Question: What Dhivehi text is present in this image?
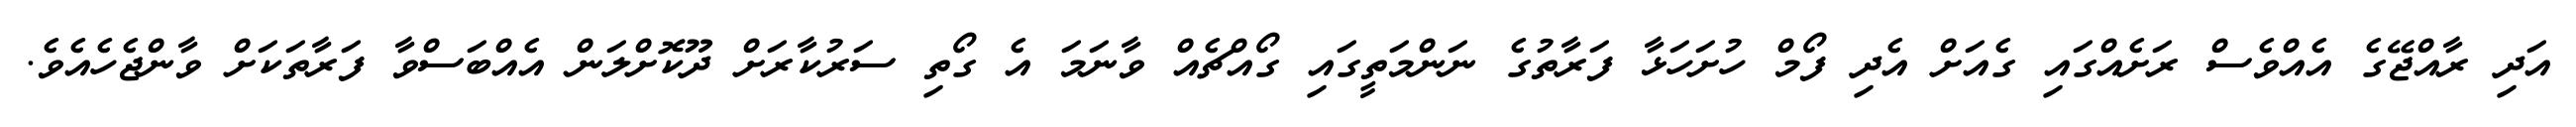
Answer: އަދި ރާއްޖޭގެ އެއްވެސް ރަށެއްގައި ގެއަށް އެދި ފޯމް ހުށަހަޅާ ފަރާތުގެ ނަންމަތީގައި ގޯއްޗެއް ވާނަމަ އެ ގޯތި ސަރުކާރަށް ދޫކޮށްލަން އެއްބަސްވާ ފަރާތަކަށް ވާންޖެހެއެވެ.